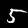
Digit: 5